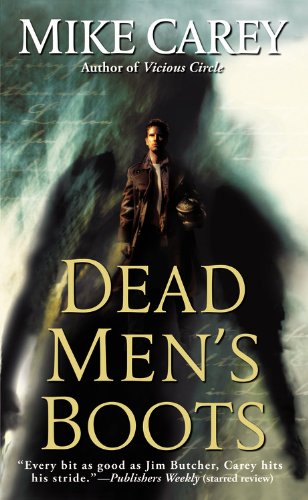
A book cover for Dead Men's Boots; Mike Carey; Literature & Fiction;